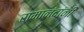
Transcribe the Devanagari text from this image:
रामानंदांनी